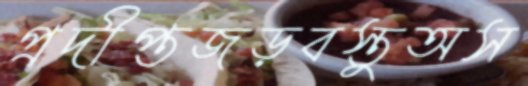
প্রদীপ্তজড়বস্তুঅস